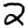
Digit: 2